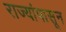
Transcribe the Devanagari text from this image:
राज्यांपासून